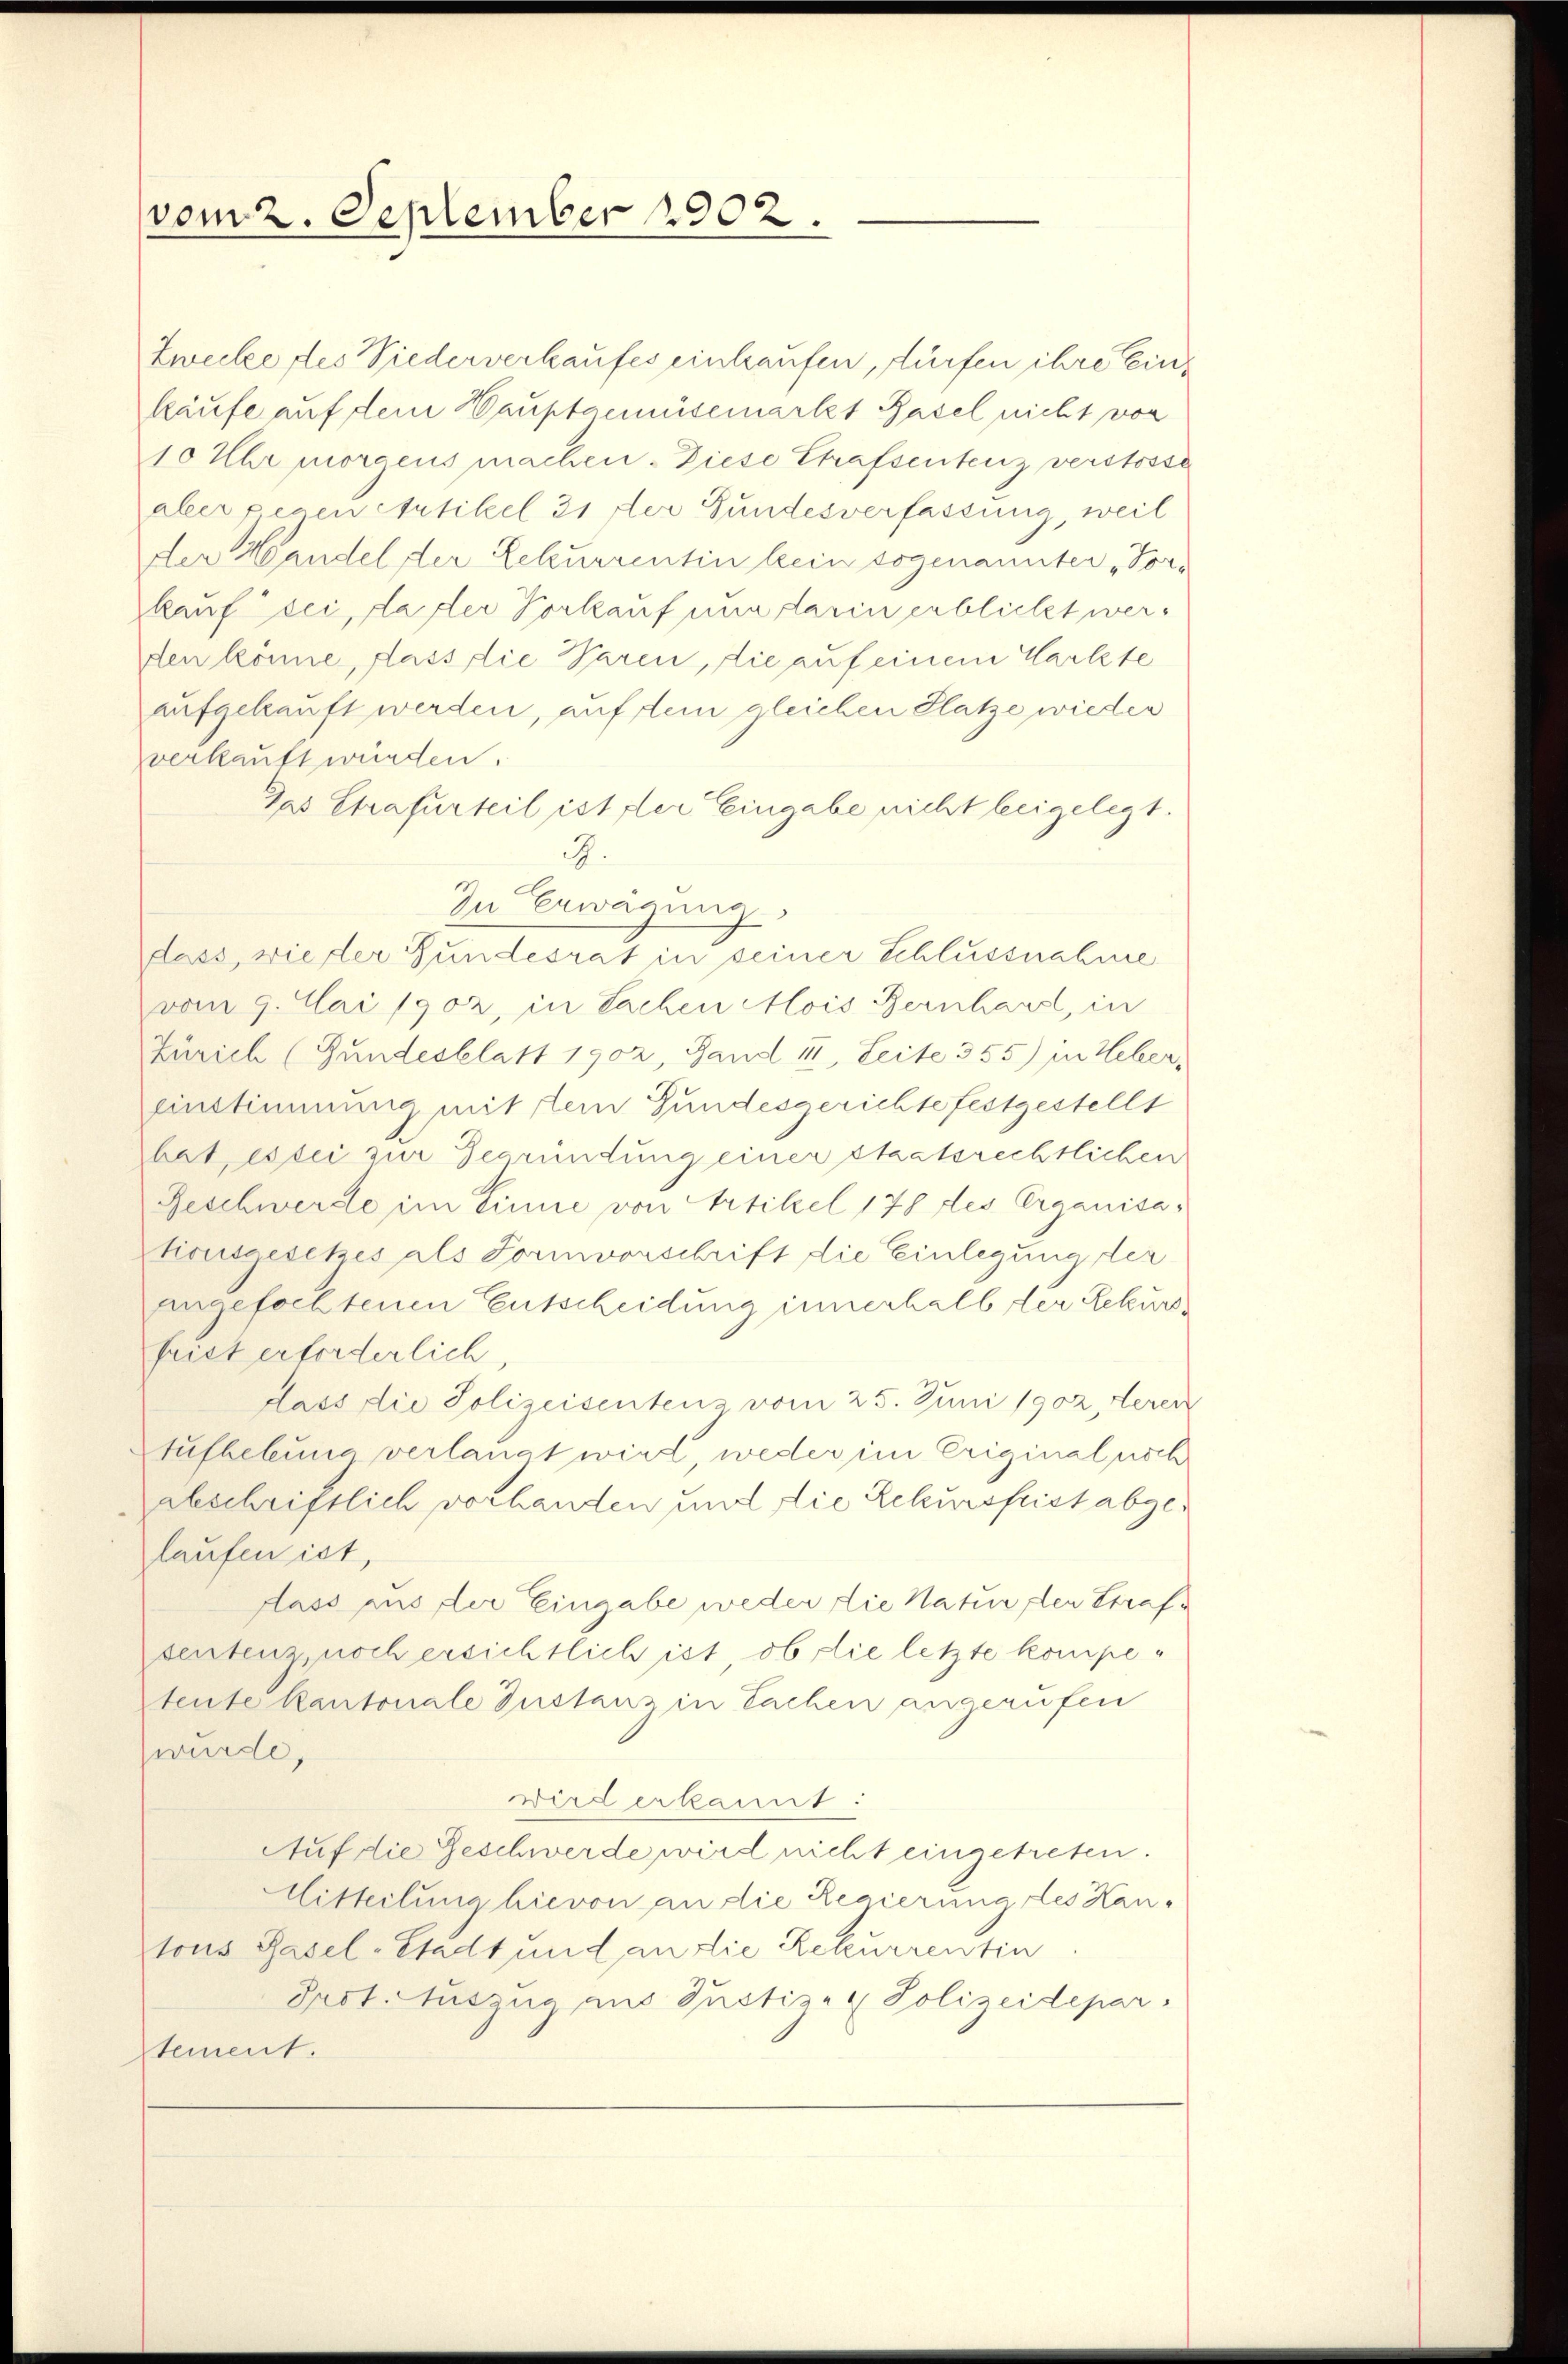
vom 2. September 1902.

Zwecke des Niederverkaufes einhaufen, dürfen ihre Einkäufe auf dem Hauptgemüsemarkt Basel nicht von
10 Uhr morgens machen. Diese Strafsentenz verstosse
aber gegen Artikel 31 der Bundesverfassung, weil
der Handel der Rekurrentin kein sogenannter „Vorkauf sei, da der Vorkauf nun darin erblickt werden könne, dass die Waren, die auf einem Markte
aufgekauft werden, auf dem gleichen Platze wieder
verkauft würden.
Gas Strafurteil ist der Eingabe nicht beigelegt.
.
In Erwägung
dass, wie der Hundesrat in seiner Schlussnahme
vom 9. Mai 1902, in Sachen Mois Bernhard, in
Zürich (Gundesblatt 1902, Sand II, Leite 355) in Heber,
einstimmung mit dem Gundesgerichte festgestellt
bat, es sei zur Begründung einer staatsrechtlichen
Geschwerde im Sinne von Artikel 178 des Erganisationsgesetzes als Formvorschrift die Einlegung der
angefochtenen Entscheidung innerhalb der Rekursfrist erforderlich
dass die Polizeisentenz vom 25. Juni 1902, Seren
Aufhebung verlangt wird, weder im Eriginal noch
abschriftlich vorhanden und die Rekursfrist abgelaufen ist,
dass aus der Eingabe weder die Natur den Strafe
sentenz, noch ersichtlich ist, ob die letzte kompeteute kantonale Zustanz in Sachen angerufen
wurde,
wird erkannt:
Auf die Geschwerde wird nicht eingetreten.
Mitteilung hievon an die Regierung des Han-
tons Basel-Stadt und an die Rekurrentin
Prot. Auszug aus Justiz- & Polizeidepar
tement.